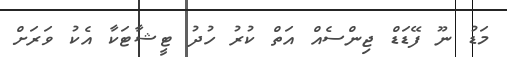
މަޑު ނޫ ފޭޑަޑް ޖިންސެއް އަތް ކުރު ހުދު ޓީޝާޓަކާ އެކު ވަރަށް